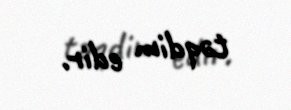
təqdim edir.